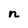
Character: n